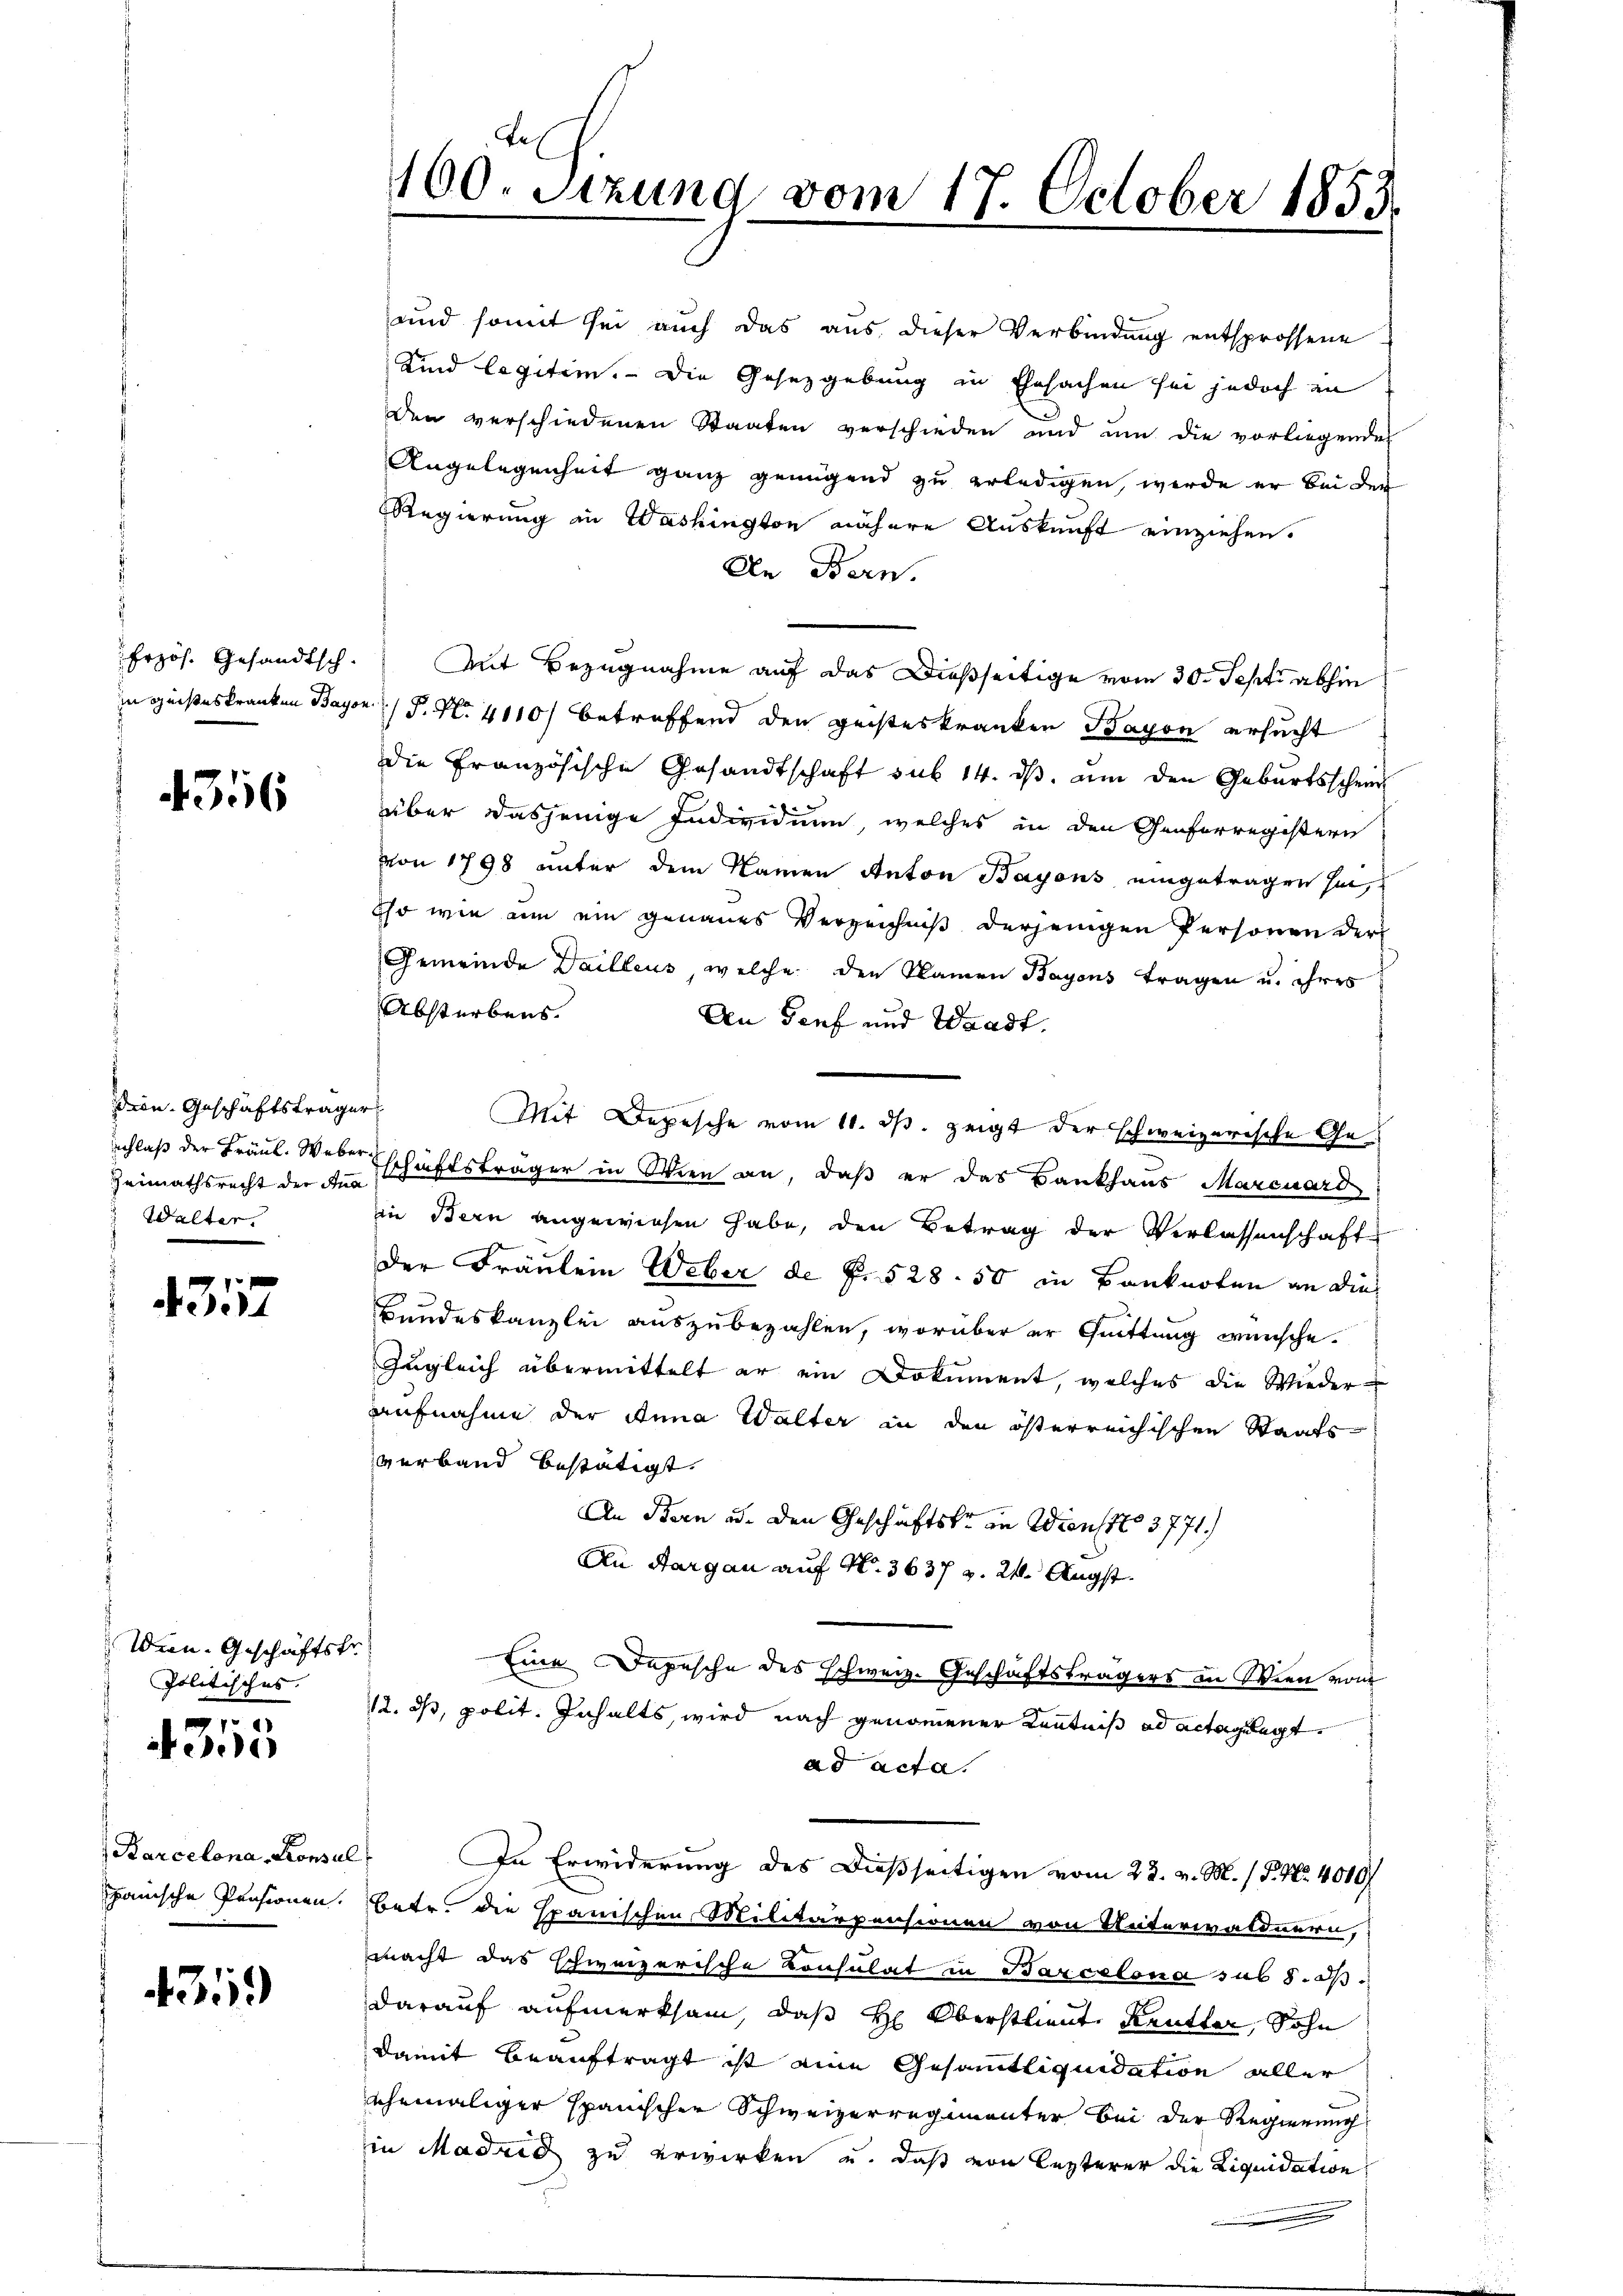
Erzös. Gesandtsch.
in geisteskranken Bayo

4356

Dion. Geschäftsträger
schlaß der Fräul. Weber¬
Walter.

4317

Wien. Geschäftsfr
Politisches.

4315

Barcelona, Consul
panische Pensionen.

439

100. Sitzung vom 17. October 1853

und somit sei auch das aus dieser Verbindung entsprossene
Kind legitim. Die Gesetzgebung in Ehesachen sei jedoch an
Den verschiedenen Staaten verschieden und um die vorliegendes
Angelegenheit ganz genügend zu erledigen, werde er bei der
Regierung in Washington nähere Auskunft einziehen.
In Bern.
Mit Bezugnahme auf das Dießseitige vom 30. Septi abhin
.P. Nr. 4110) betreffend den geisteskranken Baron ersucht
die Französische Gesandtschaft sub 14. ds. um den Geburtsschein
über dasjenige Individuum, welches in den Genferregistern
von 1798 unter dem Namen Anton Bayons eingetragen sei,
Eso wie um ein genaues Verzeichniß derjenigen Personen der
Gemeinde Dailleus, welche den Namen Bayons tragen u. ihres
Absterbens.
An Genf und Waadt.
Heimathsrecht der Aeschäftsträger in Wien an, daß er das Bankhaus Marcuard
in Bern angewiesen habe, den Betrag der Verlassenschaft
Der Fräulein Weber de f. 528. 50 in Banknoten an dies
Bundeskanzlei auszubezahlen, worüber er Quittung wünsche.
Zugleich übermittelt er ein Dokument, welches die Wieder-
Aufnahme der Anna Walter in den österreichischen Staatsverband bestätigt.
An Bern u. den Geschäftski in Wiens 3771.
An Aargau auf No. 3637 v. 24. Augst.
Eine Depesche des schweiz. Geschäftsträgers an Wien vom
12. ds, polit. Inhalts, wird nach genommener Kenntniß ad acta gelegt.
ad acta.
t
In Erwiderung des dießseitigen vom 23. v. M. / P. Nr. 4010/
Betr. die spanischen Militärpensionen von Unterwaldnern,
macht das schweizerische Consulat in Barcelona sub 8. I
darauf aufmerksam, daß H: Oberstlieut. Reutter, Sohn
damit beauftragt ist eine Gesammtliquidation aller
ehemaliger spanischer Schweizerregimenter bei der Regierung
in Madrid zu erwirken u. daß von lezterer die Liquidation

Mit Depesche vom 11. ds. zeigt der schweizerische Ge¬